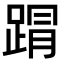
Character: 𮛥